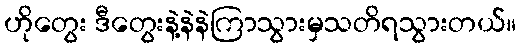
ဟိုတွေး ဒီတွေးနဲ့နဲနဲကြာသွားမှသတိရသွားတယ်။